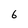
Character: 6